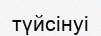
түйсінуі